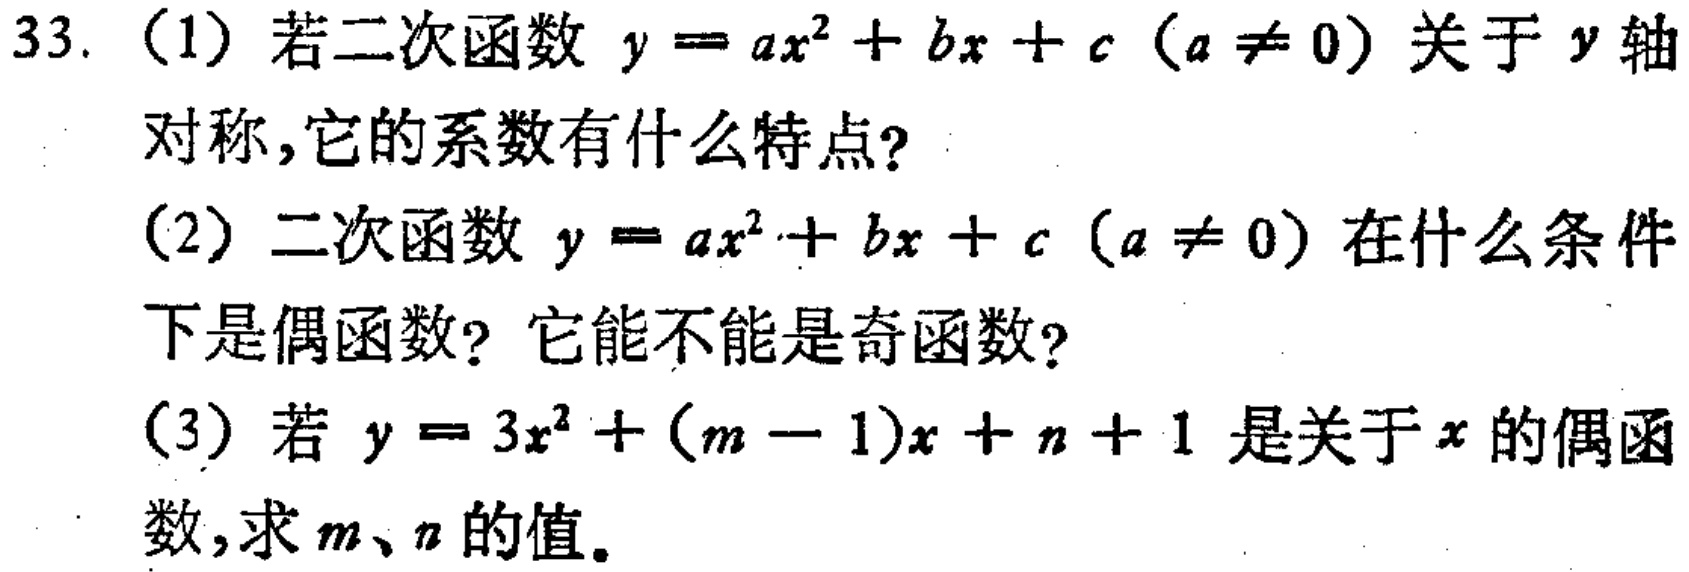
33.（1）若二次函数\(y = ax^{2}+bx + c(a\neq0)\)关于\(y\)轴对称，它的系数有什么特点？

（2）二次函数\(y = ax^{2}+bx + c(a\neq0)\)在什么条件下是偶函数？它能不能是奇函数？

（3）若\(y = 3x^{2}+(m - 1)x + n + 1\)是关于\(x\)的偶函数，求\(m\)、\(n\)的值。